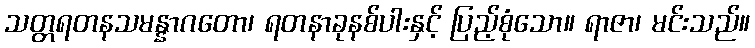
သတ္တရတနသမန္နာဂတော၊ ရတနာခုနစ်ပါးနှင့် ပြည့်စုံသော။ ရာဇာ၊ မင်းသည်။